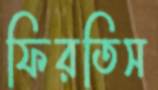
ফিরতিস